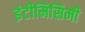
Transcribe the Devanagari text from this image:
इंटीमिसिमी